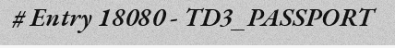
# Entry 18080 - TD3_PASSPORT